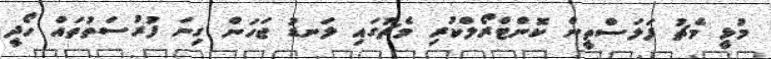
މުޅީ މެޗު ފަލަސްތީން ކޮންޓްރޯލްކުރި މެޗުގައި ލަނޑު ޖަހަން ގިނަ ފުރުސަތުތައް ހޯދީ